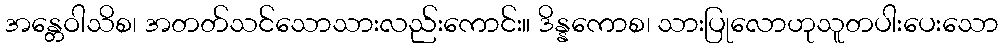
အန္တေဝါသိစ၊ အတတ်သင်သောသားလည်းကောင်း။ ဒိန္နကောစ၊ သားပြုလောဟုသူတပါးပေးသော